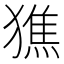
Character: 㺘